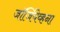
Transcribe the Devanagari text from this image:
जॉर्जियेव्हना